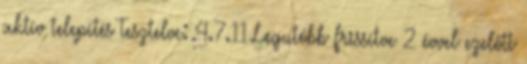
aktív telepítés Tesztelve: 4.7.11 Legutóbb frissítve 2 évvel ezelőtt